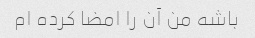
باشه من آن را امضا کرده ام